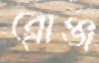
ব্রোঞ্জ